Medical and sanitary report of the native army of Madras for the year
Year: 1872
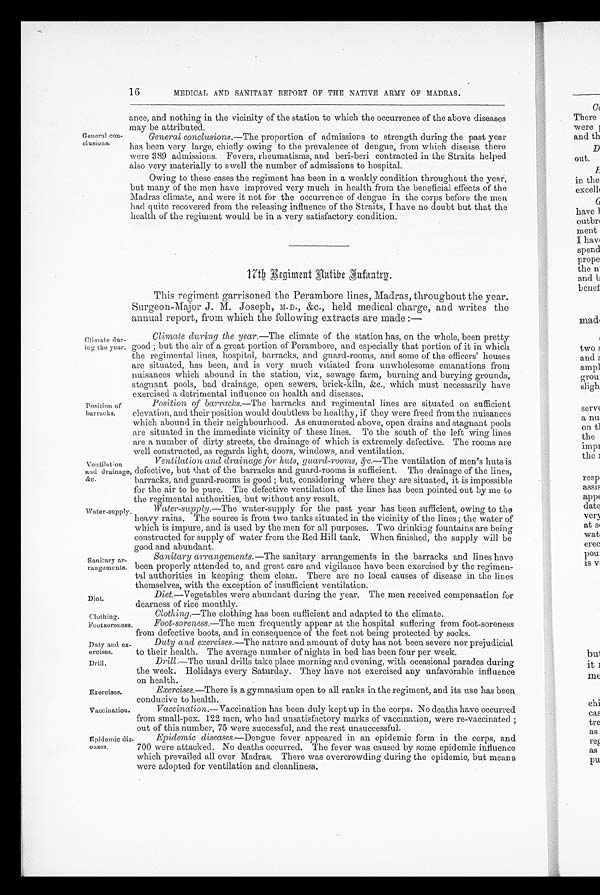
16
MEDICAL AND SANITARY REPORT OF THE NATIVE ARMY OF MADRAS.
General con
-
clusions.
ance, and nothing in the vicinity of the station to which the occurrence of the above diseases
may be attributed.
General conclusions.— The proportion of admissions to strength during the past year
has been very large, chiefly owing to the prevalence of dengue, from which disease there
were 389 admissions. Fevers, rheumatisms, and beri-beri contracted in the Straits helped
also very materially to swell the number of admissions to hospital.
Owing to these cases the regiment has been in a weakly condition throughout the year,
but many of the men have improved very much in health from the beneficial effects of the
Madras climate, and were it not for the occurrence of dengue in the corps before the men
had quite recovered from the releasing influence of the Straits, I have no doubt but that the
health of the regiment would be in a very satisfactory condition.
Climate dur
-ing the year.
Position of
barracks.
1 7 t h R e g i m e n t A a t i b e F u f a u t r g .
This regiment garrisoned the Perambore lines, Madras, throughout the year.
Surgeon-Major J. M. Joseph, M.D., &c., held medical charge, and writes the
annual report, from which the following extracts are made:—
Climate during the year. —The climate of the station has, on the whole, been pretty
good; but the air of a great portion of Perambore, and especially that portion of it in which
the regimental lines, hospital, barracks, and guard-rooms, and some of the officers' houses
are situated, has been, and is very much vitiated from unwholesome emanations from
nuisances which abound in the station, viz., sewage farm, burning and burying grounds,
stagnant pools, bad drainage, open sewers, brick-kiln, &c., which must necessarily have
exercised a detrimental influence on health and diseases.
Position of barracks.— The barracks and regimental lines are situated on sufficient
elevation, and their position would doubtless be healthy, if they were freed from the nuisances
which abound in their neighbourhood. As enumerated above, open drains and stagnant pools
are situated in the immediate vicinity of these lines. To the south of the left wing lines
are a number of dirty streets, the drainage of which is extremely defective. The rooms are
well constructed, as regards light, doors, windows, and ventilation.
Ventilation
and drainage,
&c..
Water-supply.
Sanitary ar
-rangements.
Diet.
Ventilation and drainage for huts, guard-rooms, &c.— The ventilation of men's huts is
defective, but that of the barracks and guard-rooms is sufficient. The drainage of the lines,
barracks, and guard-rooms is good; but, considering where they are situated, it is impossible
for the air to be pure. The defective ventilation of the lines has been pointed out by me to
the regimental authorities, but without any result.
Water-supply .—The water-supply for the past year has been sufficient, owing to the
heavy rains. The source is from two tanks situated in the vicinity of the lines; the water of
which is impure, and is used by the men for all purposes. Two drinking fountains are being
constructed for supply of water from the Red Hill tank. When finished, the supply will be
good and abundant.
Sanitary arrangements.— The sanitary arrangements in the barracks and lines have
been properly attended to, and great care and vigilance have been exercised by the regimen
-
tal authorities in keeping them clean. There are no local causes of disease in the lines
themselves with the exception of insufficient ventilation.
Diet.—Vegetables were abundant during the year. The men received compensation for
dearness of rice monthly.
Clothing.
Clothing.— The clothing has been sufficient and adapted to the climate.
Footsoreness.
Duty and ex
-ercises.
Foot-soreness.— The men frequently appear at the hospital suffering from foot-soreness
from defective boots, and in consequence of the feet not being protected by socks.
Duty and exercises.—The nature and amount of duty has not been severe nor prejudicial
to their health. The average number of nights in bed has been four per week.
Drill.
Exercises.
Drill .—The usual drills take place morning and evening, with occasional parades during
the week. Holidays every Saturday. They have not exercised any unfavorable influence
on health.
Exercises.—There is a gymnasium open to all ranks in the regiment, and its use has been
conducive to health.
Vaccination.
Epidemic dis
-eases.
Vaccination.— Vaccination has been duly kept up in the corps. No deaths have occurred
from small-pox. 122 men, who had unsatisfactory marks of vaccination, were re-vaccinated;
out of this number, 75 were successful, and the rest unsuccessful.
Epidemic diseases.— Dengue fever appeared in an epidemic form in the corps, and
700 were attacked. No deaths occurred. The fever was caused by some epidemic influence
which prevailed all over Madras. There was overcrowding during the epidemic, but means
were adopted for ventilation and cleanliness.